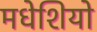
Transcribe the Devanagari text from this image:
मधेशियो